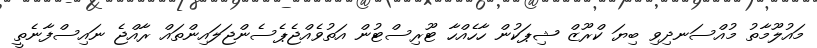
މައުލޫމާތު މުއްސަނދިވި ބިޔަ ކްރޫޒް ޝިޕަކުން ހާހެއްހާ ޓޫރިސްޓުން އަތުވެއްޖެޕެސެންޖަލައިންތައް ރާއްޖެ ނައިސްފާނެތީ